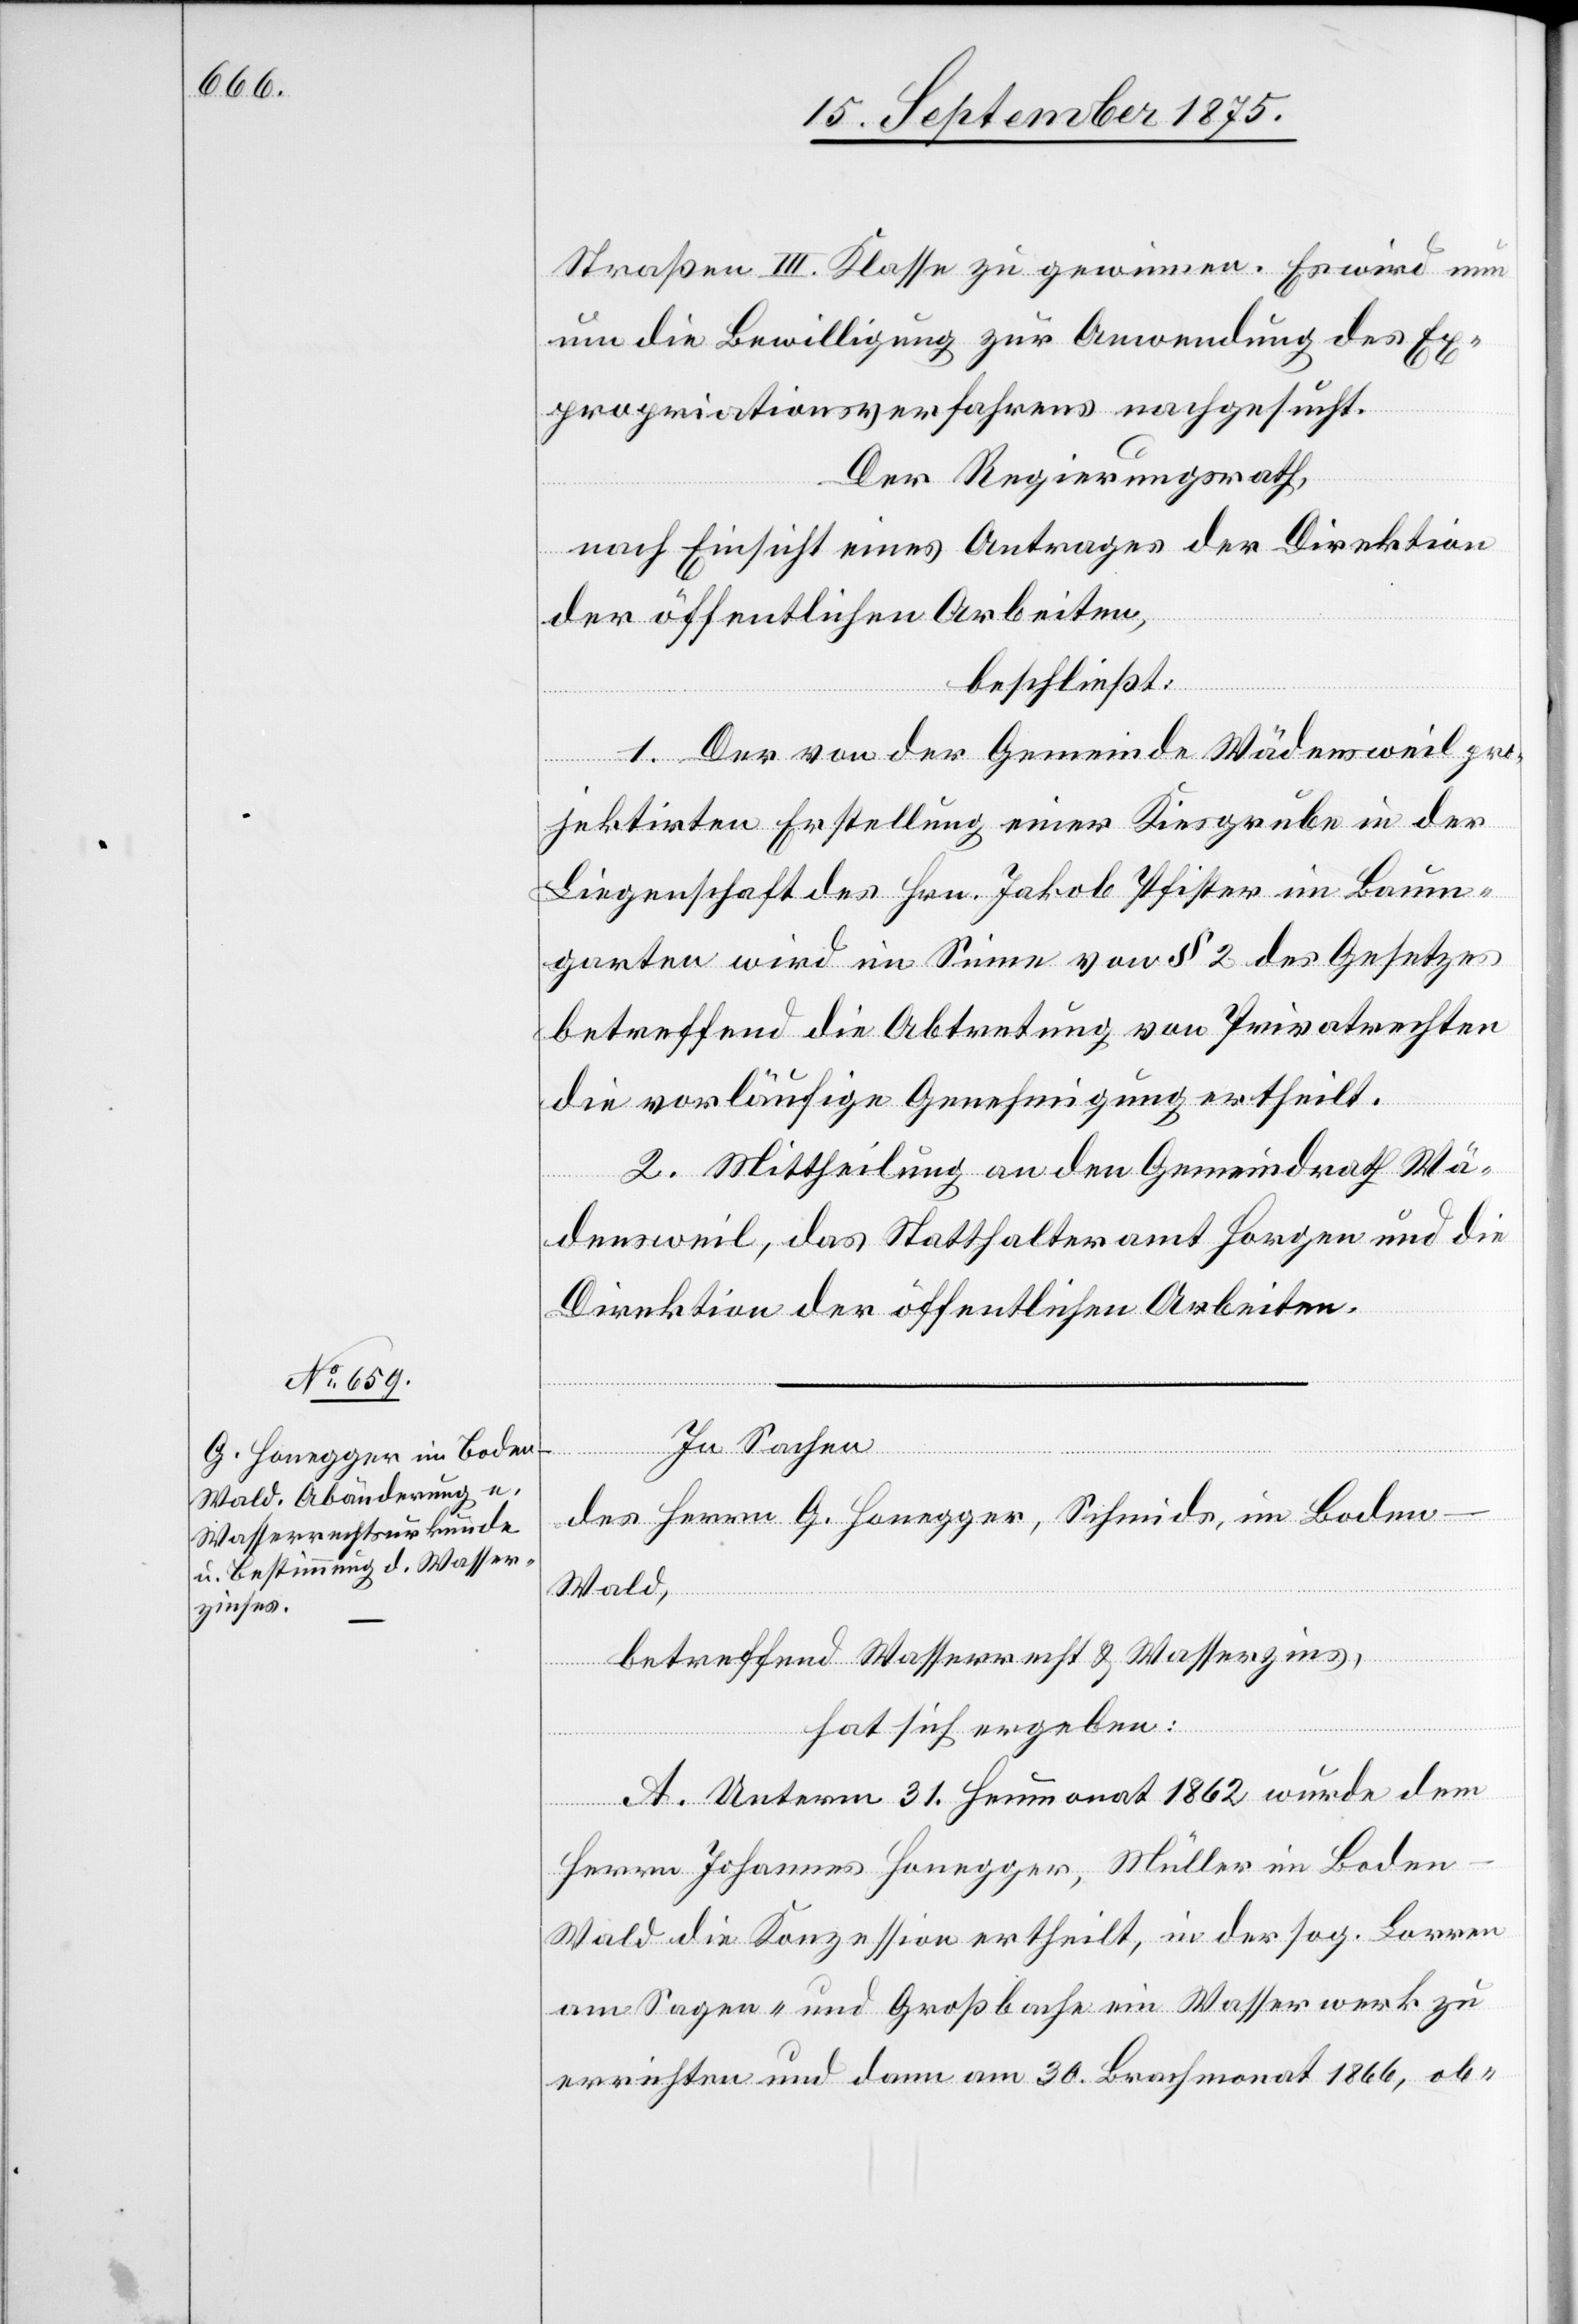
Straßen III. Klasse zu gewinnen. Es wird nun
um die Bewilligung zur Anwendung des Ex¬
propriationsverfahrens nachgesucht.
Der Regierungsrath,
nach Einsicht eines Antrages der Direktion
der öffentlichen Arbeiten,
beschließt:
1. Der von der Gemeinde Wädensweil pro¬
jektirten Erstellung einer Kiesgrube in der
Liegenschaft des Hrn. Jakob Pfister im Baum¬
garten wird im Sinne von § 2 des Gesetzes
betreffend die Abtretung von Privatrechten
die vorläufige Genehmigung ertheilt.
2. Mittheilung an den Gemeindrath Wä¬
densweil, das Statthalteramt Horgen und die
Direktion der öffentlichen Arbeiten.
In Sachen
des Herrn G. Honegger, Schmi[e]ds, im Boden
Wald,
betreffend Wasserrecht & Wasserzins,
hat sich ergeben:
A. Unterm 31. Heumonat 1862 wurde dem
Herrn Johannes Honegger, Müller im Boden
Wald die Konzession ertheilt, in der sog. Lorren
am Sagen- und Großbache ein Wasserwerk zu
errichten und dann am 30. Brachmonat 1866, ob-